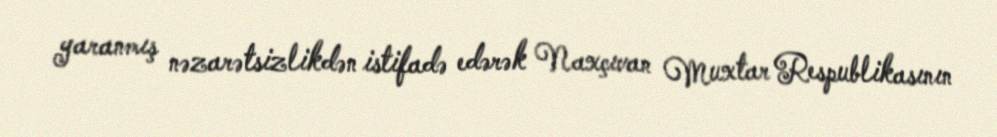
yaranmış nəzarətsizlikdən istifadə edərək Naxçıvan Muxtar Respublikasının